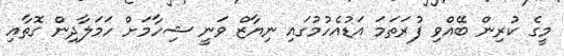
މީގެ ކުރިން ބޭއްވި ފުރަތަމަ އަޑުއެހުމުގައި ނިޔާޒް ވަނީ ޝިހާމަށް ހަމަލާދިން ގޮތާއި